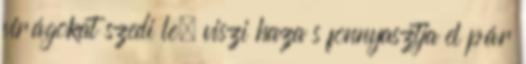
virágokat szedi le, viszi haza s fonnyasztja el pár